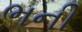
ભની